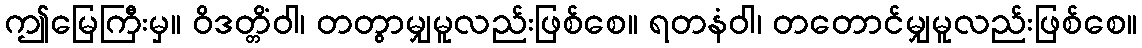
ဤမြေကြီးမှ။ ဝိဒတ္တိံဝါ၊ တတွာမျှမူလည်းဖြစ်စေ။ ရတနံဝါ၊ တတောင်မျှမူလည်းဖြစ်စေ။